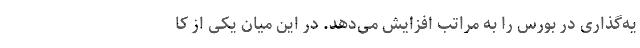
یه‌گذاری در بورس را به مراتب افزایش می‌دهد. در این میان یکی از کا